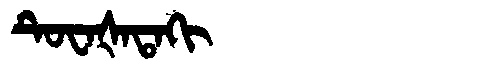
Manchu: ᡨᡠᠸᠠᡧᠠᡨᠠᡴᡳ
Romanization: TUWAŠATAKI